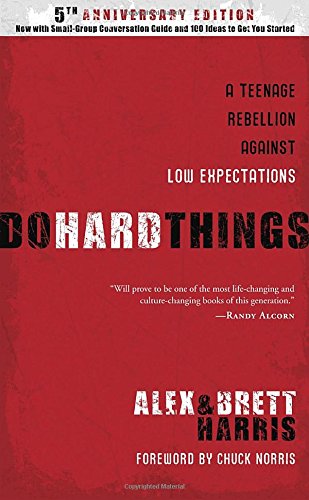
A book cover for Do Hard Things: A Teenage Rebellion Against Low Expectations; Alex Harris; Parenting & Relationships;